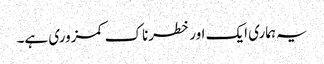
یہ ہماری ایک اور خطرناک کمزوری ہے۔